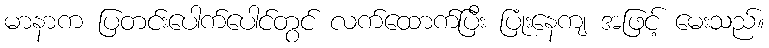
မာနာက ပြတင်းပေါက်ပေါင်တွင် လက်ထောက်ပြီး ပြုံးနေကျ အဖြင့် မေးသည်။